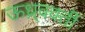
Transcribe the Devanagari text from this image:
ऊध्र्ववर्ती